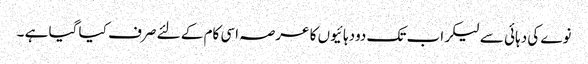
نوے کی دہائی سے لیکر اب تک دودہائیوں کا عرصہ اسی کام کے لئے صرف کیا گیا ہے ۔